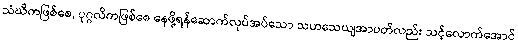
သံဃိကဖြစ်စေ, ပုဂ္ဂလိကဖြစ်စေ နေဖို့ရန်ဆောက်လုပ်အပ်သော သဟသေယျအာပတ်လည်း သင့်လောက်အောင်